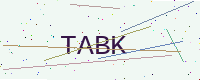
Text: TABK